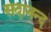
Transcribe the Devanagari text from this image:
सदानन्‍द